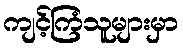
ကျင့်ကြံသူများမှာ